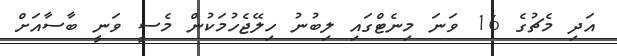
އަދި މެޗުގެ 16 ވަނަ މިނެޓްގައި ލިބުނު ހިލޭޖެހުމަކުން މެސީ ވަނީ ބާސާއަށް